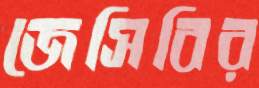
জেসিবির